Annual report on the lock hospitals of the Madras Presidency
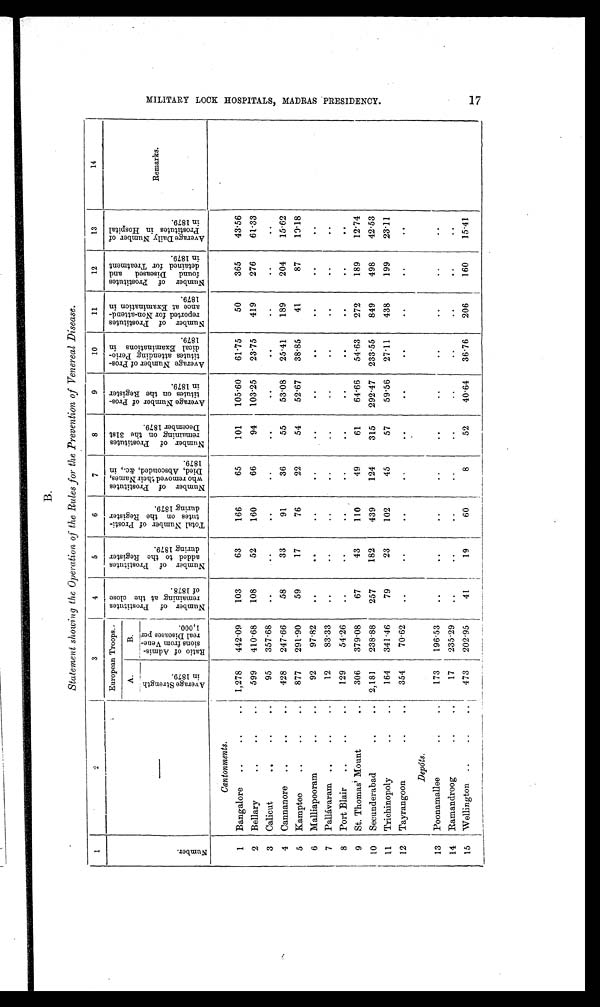
B.
Statement showing the Operation of the Rules for the Prevention of Venereal Disease .
1
2
3
4
5
6
7
8
9
10
11
12
13
14
European Troops.
N u m b e r o f P r o s t i t u t e s r e m a i n i n g a t t h e c l o s e o f 1 8 7 8 .
N u m b e r o f P r o s t i t u t e s a d d e d t o t h e R e g i s t e r d u r i n g 1 8 7 9 .
T o t a l N u m b e r o f P r o s t i t u t e s o n t h e R e g i s t e r d u r i n g 1 8 7 9 .
N u m b e r o f P r o s t i t u t e s w h o r e m o v e d t h e i r N a m e s , D i e d , A b s c o n d e d , & a m p ; c . , i n 1 8 7 9 .
N u m b e r o f P r o s t i t u t e s r e m a i n i n g o n t h e 3 1 s t D e c e m b e r 1 8 7 9 .
A v e r a g e N u m b e r o f P r o s t i t u t e s o n t h e R e g i s t e r i n 1 8 7 9 .
A v e r a g e n u m b e r o f P r o s t i t u t e s a t t e n d i n g P e r i o d i c a l E x a m i n a t i o n i n 1 8 7 9 . N u m b e r o f P r o s t i t u t e s r e p o r t e d f o r N o n - a t t e n d a n c e a t E x a m i n a t i o n i n 1 8 7 9 .
N u m b e r o f P r o s t i t u t e s f o u n d D i s e a s e d a n d d e t a i n e d f o r T r e a t m e n t i n 1 8 7 9 .
A v e r a g e D a i l y N u m b e r o f P r o s t i t u t e s i n H o s p i t a l i n 1 8 7 9 .
Remarks.
A.
B.
Av e r a g e S t r e n g t h i n 1 8 7 9 .
R a t i o o f A d m i s s i o n s f r o m V e n e r e a l D i s e a s e s p e r 1 , 0 0 0 .
Cantonments .
1
Bangalore
..
..
.. 1,278
442.09
103
63
166
65
101
105.60
61.75
50
365
43.56
2 Bellary
..
..
..
599
410.68
108
52
160
66
94
103.25
23.75
419
276
61.33
3 Calicut
..
..
..
95
357.68
..
.. .. .. ..
..
..
.. .. ..
4
Cannanore ..
..
..
428
247.66
58
33
91
36
55
53.08
25.41
189
204
15.62
5
Kamptee
..
..
..
877
291.90
59
17
76
22
54
52.67
38.85
41
87
10.18
6 Malliapooram
..
..
92
97.82
..
..
..
.. ..
..
.. .. .. ..
7
Pallávaram
..
..
..
12
83.33
..
..
..
..
..
..
.. .. .. ..
8 Port Blair
..
..
..
129
54.26
..
..
..
.. .. .. .. .. .. ..
9 St. Thomas' Mount
..
306
379.08
67
43
110
49
61
64.66
54.63
272
189
12.74
10
Secunderabad
..
.. 2,181
238.88
257
182
439
124
315
292.47 233.55
849
498
42.53
11
Trichinopoly
..
..
164
341.46
79
23
102
45
57
59.56
27.11
438
199
23.11
12 Tayrangoon
..
..
354
70.62
..
..
.. .. .. .. .. .. ..
..
Depôts .
13 Poonamallee
..
173
196.53
..
.. ..
..
..
..
..
..
..
..
14 Ramandroog
..
..
17
235.29
..
..
..
..
..
..
..
..
..
..
15 Wellington ..
..
..
473
202.95
41
19
60
8
52
40.64
36.76
206
160
15.41
M I L I T A R Y L O C K H O S P I T A L S , M A D R A S P R E S I D E N C Y . 1 7